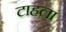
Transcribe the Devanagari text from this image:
टाहला